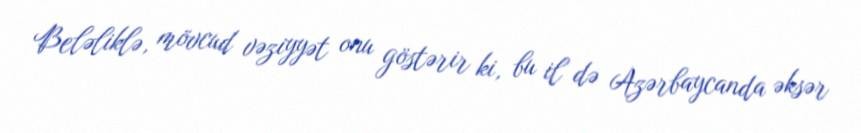
Beləliklə, mövcud vəziyyət onu göstərir ki, bu il də Azərbaycanda əksər